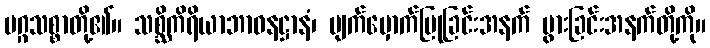
မဂ္ဂသစ္စာတို့၏။ သစ္ဆိကိရိယာဘာဝနဋ္ဌာနံ၊ မျက်မှောက်ပြုခြင်းအနက် ပွားခြင်းအနက်တို့ကို။